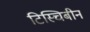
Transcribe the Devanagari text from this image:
टिस्चिबीन